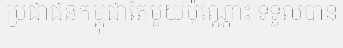
ប្រជាជនកម្ពុជាតែមួយប៉ុណ្ណោះ ទទួលបាន